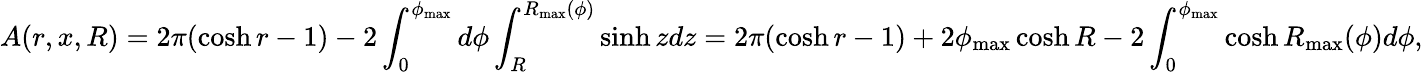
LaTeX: A(r,x,R)=2\pi(\cosh r-1)-2\int_{0}^{\phi_{\operatorname*{max}}}d\phi\int_{R}^{R_{\operatorname*{max}}(\phi)}\sinh zdz=2\pi(\cosh r-1)+2\phi_{\operatorname*{max}}\cosh R-2\int_{0}^{\phi_{\operatorname*{max}}}\cosh R_{\operatorname*{max}}(\phi)d\phi,